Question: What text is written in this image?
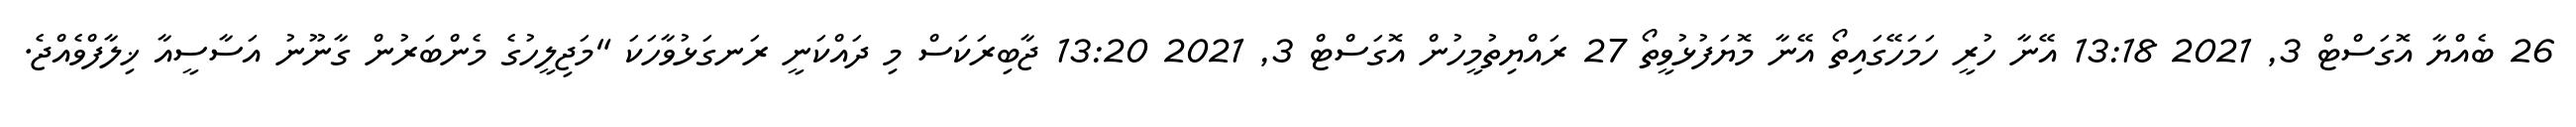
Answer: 26 ބެއްޔާ އޮގަސްޓް 3, 2021 13:18 އޭނާ ހުރީ ހަމަހޭގައިތޯ އޭނާ މޮޔަފުޅުވީތޯ 27 ރައްޔިތުމީހުން އޮގަސްޓް 3, 2021 13:20 ޖާބިރަކަސް މި ދައްކަނީ ރަނގަޅުވާހަކަ "މަޖިލީހުގެ މެންބަރުން ގާނޫނު އަސާސީއާ ޚިލާފްވެއްޖެ.